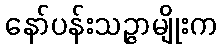
နော်ပန်းသဉ္ဇာမျိုးက